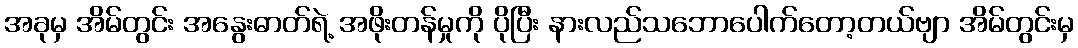
အခုမှ အိမ်တွင်း အနွေးဓာတ်ရဲ့ အဖိုးတန်မှုကို ပိုပြီး နားလည်သဘောပေါက်တော့တယ်ဗျာ အိမ်တွင်းမှ